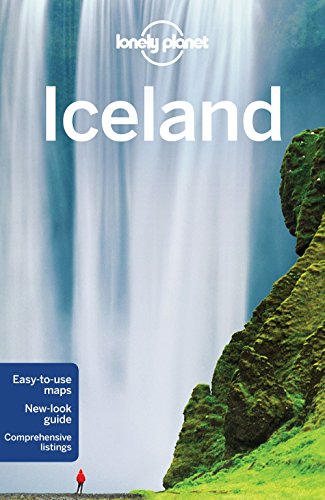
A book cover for Lonely Planet Iceland (Travel Guide); Lonely Planet; Travel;